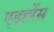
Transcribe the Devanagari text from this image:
एडहरेंस